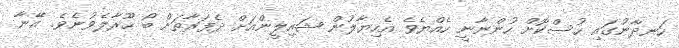
ހަނދާނުގައި ހުސްކޮށް ހުންނާނީ ހެއްޔެވެ އެހިޔާލުން ޝައިލީންއަށް ދެފަރާތަށް ބޯ ހޫރާލެވުނެވެ. އޭނާ